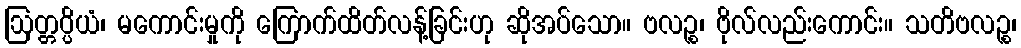
ဩတ္တပ္ပိယံ၊ မကောင်းမှုကို ကြောက်ထိတ်လန့်ခြင်းဟု ဆိုအပ်သော။ ဗလဉ္စ၊ ဗိုလ်လည်းကောင်း။ သတိဗလဉ္စ၊